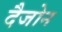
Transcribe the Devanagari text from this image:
दैजोन